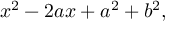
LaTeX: x ^ { 2 } - 2 a x + a ^ { 2 } + b ^ { 2 } ,